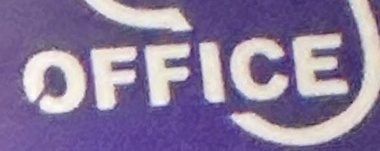
OFFICE